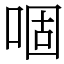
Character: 𠴱